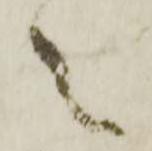
之